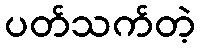
ပတ်သက်တဲ့